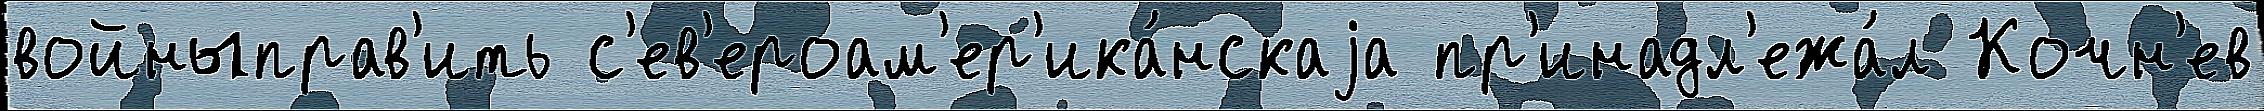
войныправ'ить с'ев'ероам'ер'ика́нскаjа пр'инадл'ежа́л Кочн'ев